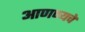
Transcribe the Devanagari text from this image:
आणण्यचे